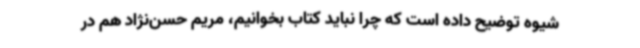
شیوه توضیح داده است که چرا نباید کتاب بخوانیم، مریم حسن‌نژاد هم در